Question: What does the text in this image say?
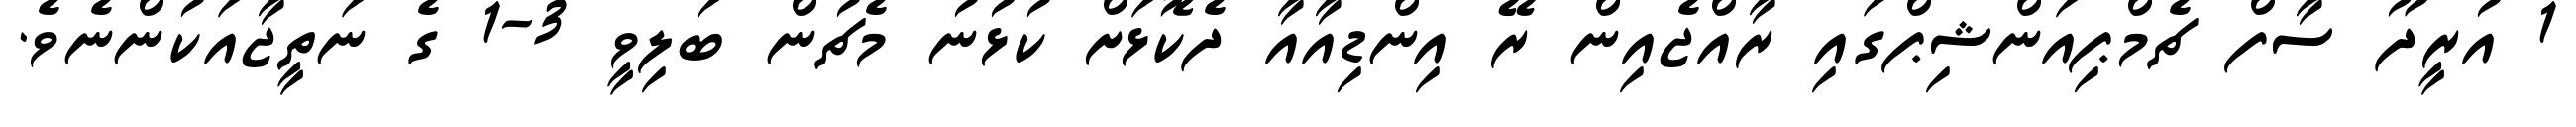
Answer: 1 އުރީދޫ ސާފް ޗެމްޕިއަންޝިޕްގައި ރާއްޖެއިން ރޭ އިންޑިއާއާ ދެކޮޅަށް ކުޅުނު މެޗުން ބަލިވީ 3-1 ގެ ނަތީޖާއަކުންނެވެ.